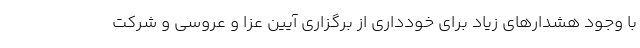
با وجود هشدارهای زیاد برای خودداری از برگزاری آیین عزا و عروسی و شرکت